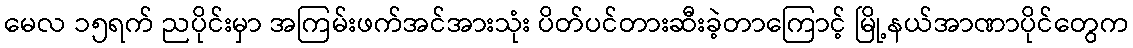
မေလ ၁၅ရက် ညပိုင်းမှာ အကြမ်းဖက်အင်အားသုံး ပိတ်ပင်တားဆီးခဲ့တာကြောင့် မြို့နယ်အာဏာပိုင်တွေက